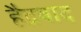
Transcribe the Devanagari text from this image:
हैद्रबाद